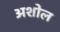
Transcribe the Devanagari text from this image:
अशोल